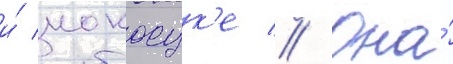
и́ иокосук'е // Она́